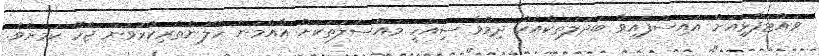
ވައްޓަފާޅިއަށް އައިސްފައިވާ ބަދަލުތަކާއެކު ދިމާވާ ސިއްހީ މައްސަލަތަކަށް އާއްމުން ހޭލުންތެރިކުރުވަން ޖެހޭ ކަމަށެވެ.